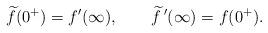
LaTeX: \begin{align*}\widetilde f(0^+)=f'(\infty),\qquad{\widetilde f}\,'(\infty)=f(0^+).\end{align*}